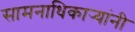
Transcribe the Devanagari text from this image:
सामनाधिकार्‍यांनी